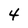
Character: 4